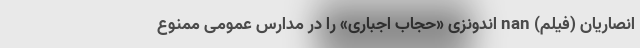
انصاریان (فیلم) nan اندونزی «حجاب اجباری» را در مدارس عمومی ممنوع